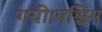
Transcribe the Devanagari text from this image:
गयी।पश्चिम